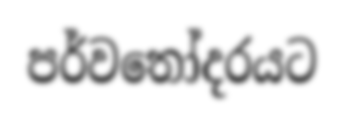
පර්වතෝදරයට